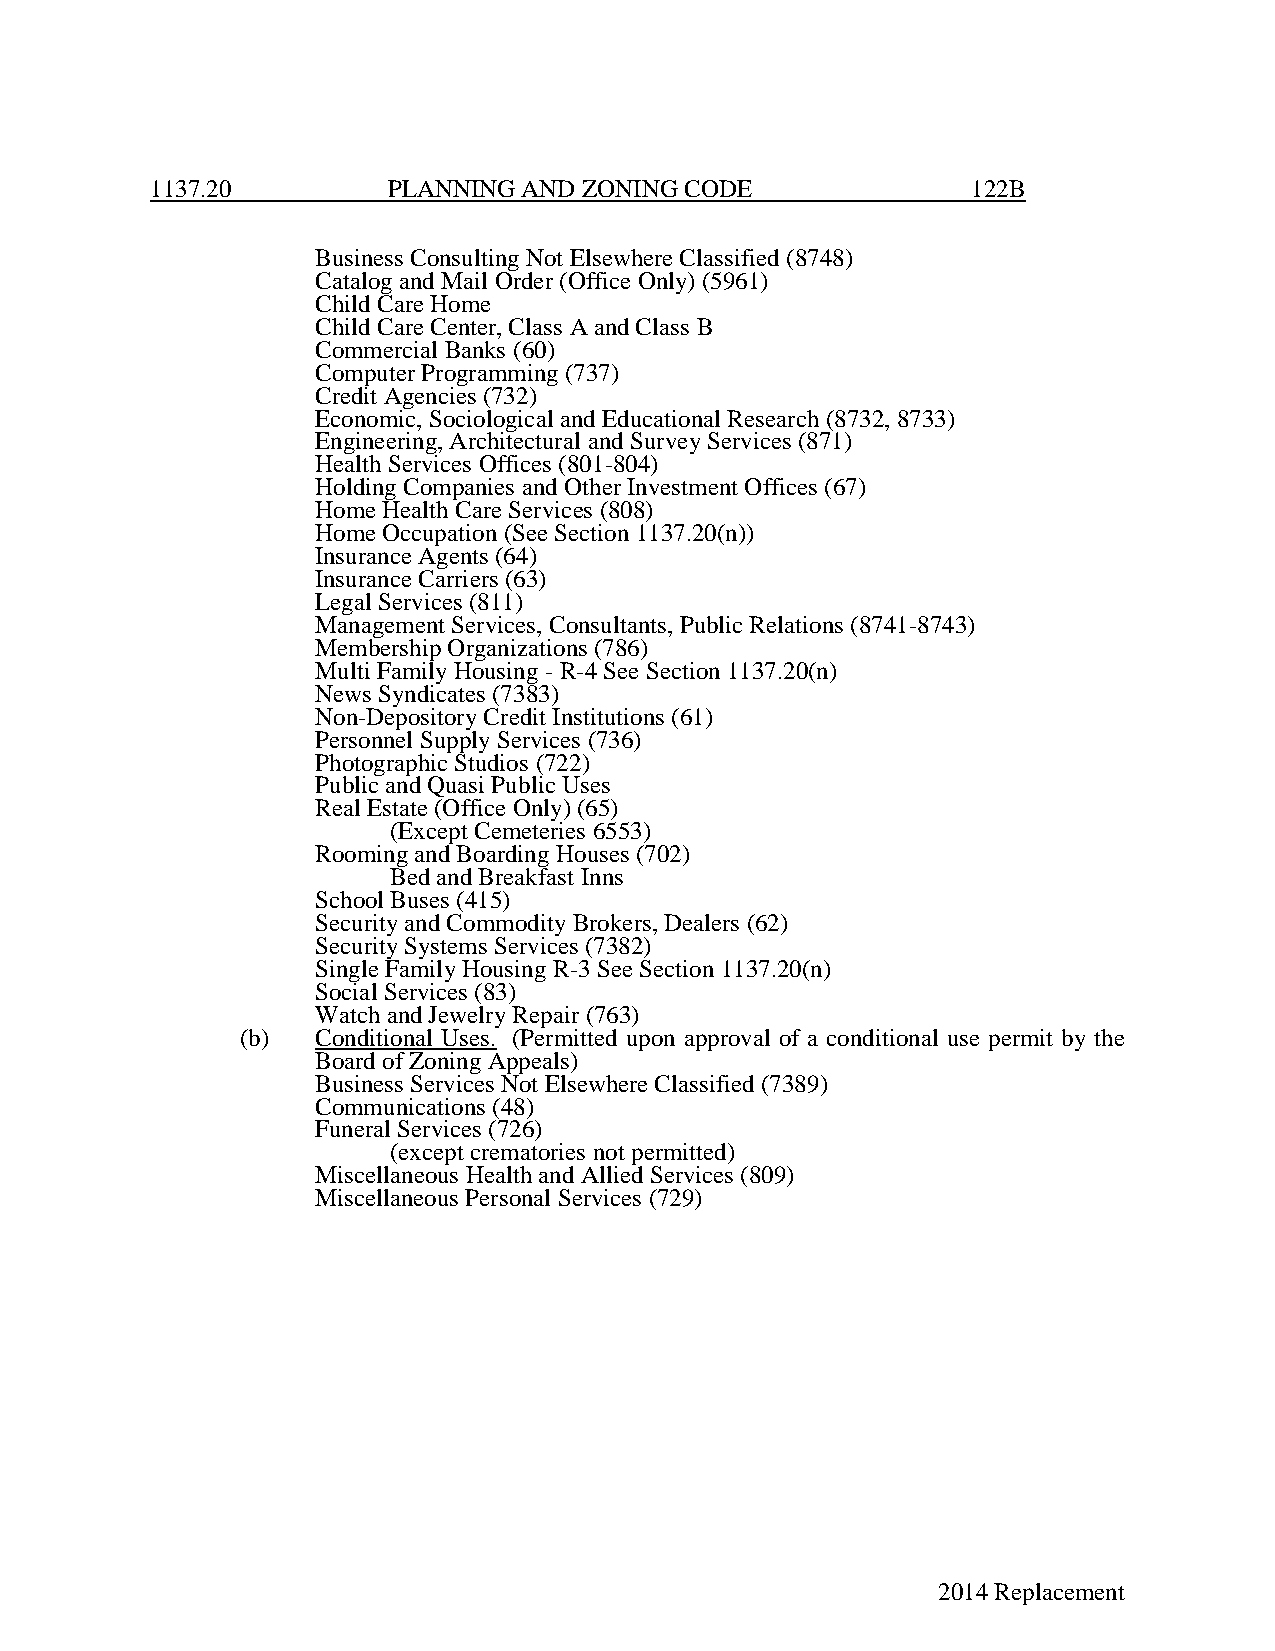
1137.20         PLANNING AND ZONING CODE              122B
 Business Consulting Not Elsewhere Classified (8748)
 Catalog and Mail Order (Office Only) (5961)
 Child Care Home
 Child Care Center, Class A and Class B
 Commercial Banks (60)
 Computer Programming (737)
 Credit Agencies (732)
 Economic, Sociological and Educational Research (8732, 8733)
 Engineering, Architectural and Survey Services (871)
 Health Services Offices (801-804)
 Holding Companies and Other Investment Offices (67)
 Home Health Care Services (808)
 Home Occupation (See Section 1137.20(n))
 Insurance Agents (64)
 Insurance Carriers (63)
 Legal Services (811)
 Management Services, Consultants, Public Relations (8741-8743)
 Membership Organizations (786)
 Multi Family Housing - R-4 See Section 1137.20(n)
 News Syndicates (7383)
 Non-Depository Credit Institutions (61)
 Personnel Supply Services (736)
 Photographic Studios (722)
 Public and Quasi Public Uses
 Real Estate (Office Only) (65)
 (Except Cemeteries 6553)
 Rooming and Boarding Houses (702)
 Bed and Breakfast Inns
 School Buses (415)
 Security and Commodity Brokers, Dealers (62)
 Security Systems Services (7382)
 Single Family Housing R-3 See Section 1137.20(n)
 Social Services (83)
 Watch and Jewelry Repair (763)
 (b)  Conditional Uses. (Permitted upon approval of a conditional use permit by the
 Board of Zoning Appeals)
 Business Services Not Elsewhere Classified (7389)
 Communications (48)
 Funeral Services (726)
 (except crematories not permitted)
 Miscellaneous Health and Allied Services (809)
 Miscellaneous Personal Services (729)
 2014 Replacement